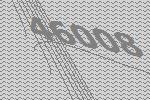
46008